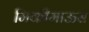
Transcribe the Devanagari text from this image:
मिकीमाऊस